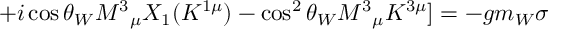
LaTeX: + i \cos \theta _ { W } M ^ { 3 } { } _ { \mu } X _ { 1 } ( K ^ { 1 \mu } ) - \cos ^ { 2 } \theta _ { W } M ^ { 3 } { } _ { \mu } K ^ { 3 \mu } ] = - g m _ { W } \sigma